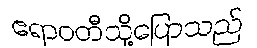
ဧရာဝတီသို့ပြောသည်